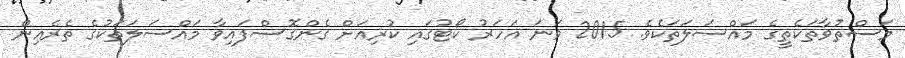
މަސްތުވާތަކެތީގެ މައްސަލަތަކެވެ. 2015 ވަނަ އަހަރު ކޯޓުގައި ކުރިއަށް ގެންގޮސްފައިވާ މައްސަލަތަކުގެ ތެރެއިން